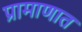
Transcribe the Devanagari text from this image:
प्रामाणात